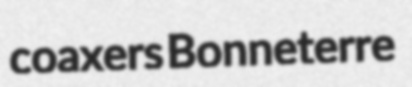
coaxers Bonneterre